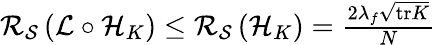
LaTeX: \begin{array}{r}{{\cal{R}_{{\cal{S}}}}\left({\cal{L}}\circ{{\cal{H}}_{K}}\right)\le{\cal{R}_{{\cal{S}}}}\left({{\cal{H}}_{K}}\right)=\frac{2\lambda_{f}\sqrt{\mathrm{tr}K}}{N}}\end{array}